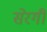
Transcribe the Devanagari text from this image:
सेरगी